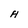
Character: H